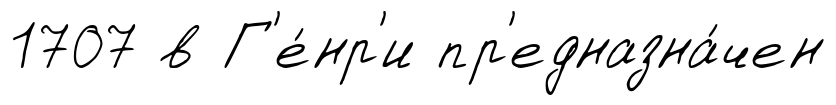
1707 в Г'е́нр'и пр'едназна́чен